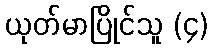
ယုတ်မာပြိုင်သူ (၄)